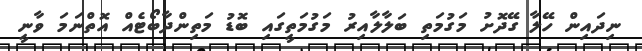
ނިދައިން ހޭލާ ގޭދޮށު މަގުމަތި ބަލާލާއިރު މަގުމަތީގައި ބޮޑު މަތިންދާބޯޓެއް އޮތްނަމަ ވާނީ